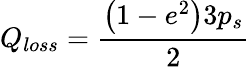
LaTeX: Q_{loss}=\frac{\left(1-e^{2}\right)3p_{s}}{2}